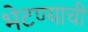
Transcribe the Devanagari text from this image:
भेटण्याची